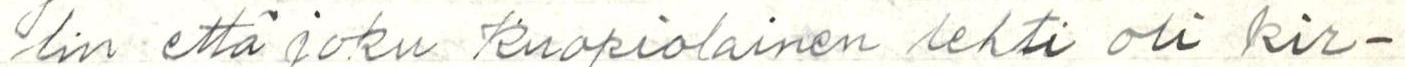
lin että joku kuopiolainen lehti oli kir-